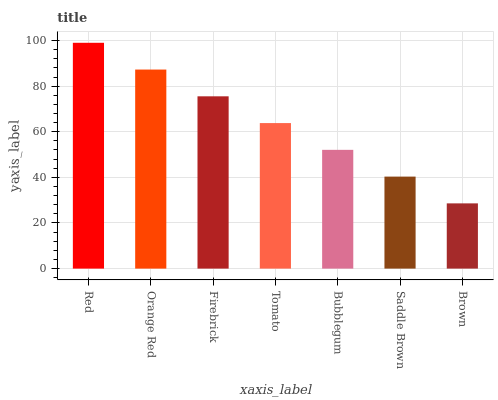
| xaxis_label | bars |
 | --- | --- |
 | Red | 99 |
 | Orange Red | 87.3 |
 | Firebrick | 75.5 |
 | Tomato | 63.8 |
 | Bubblegum | 52.1 |
 | Saddle Brown | 40.3 |
 | Brown | 28.6 |